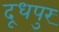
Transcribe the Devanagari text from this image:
दूधपुर